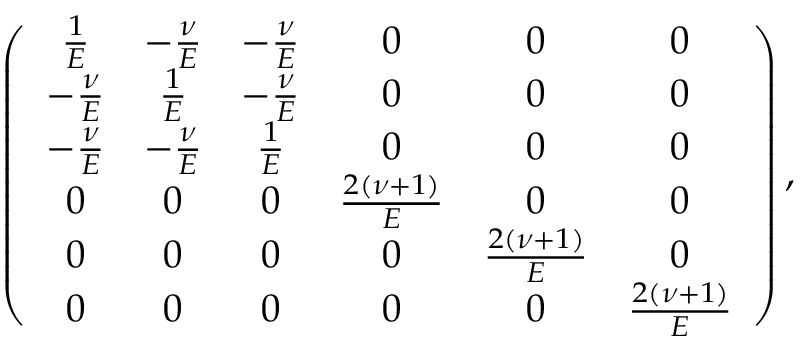
\left( \begin{array} { c c c c c c } { \frac { 1 } { E } } & { - \frac { \nu } { E } } & { - \frac { \nu } { E } } & { 0 } & { 0 } & { 0 } \\ { - \frac { \nu } { E } } & { \frac { 1 } { E } } & { - \frac { \nu } { E } } & { 0 } & { 0 } & { 0 } \\ { - \frac { \nu } { E } } & { - \frac { \nu } { E } } & { \frac { 1 } { E } } & { 0 } & { 0 } & { 0 } \\ { 0 } & { 0 } & { 0 } & { \frac { 2 \left( \nu + 1 \right) } { E } } & { 0 } & { 0 } \\ { 0 } & { 0 } & { 0 } & { 0 } & { \frac { 2 \left( \nu + 1 \right) } { E } } & { 0 } \\ { 0 } & { 0 } & { 0 } & { 0 } & { 0 } & { \frac { 2 \left( \nu + 1 \right) } { E } } \end{array} \right) ,